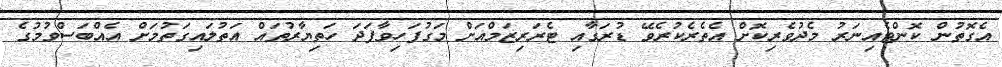
އެގޮތުން ކޮންޓެއިނަރު މެދުވެރިކޮށް އެތެރެކުރެވޭ ޑުރަގާއި ޓެރަރިޒަމްއަށް މަގުފަހިވާފަަދަ ހަތިޔާރުތައް އަތުލައިގަތުމަށް އެއްބަސްވުމުގެ